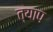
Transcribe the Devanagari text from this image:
त्याप